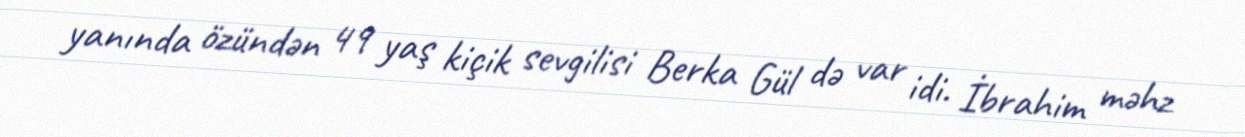
yanında özündən 49 yaş kiçik sevgilisi Berka Gül də var idi. İbrahim məhz